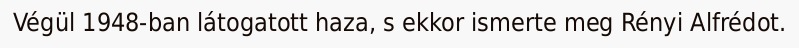
Végül 1948-ban látogatott haza, s ekkor ismerte meg Rényi Alfrédot.